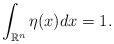
LaTeX: \begin{align*}\int_{\mathbb{R}^n} \eta(x) dx =1.\end{align*}